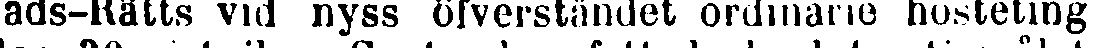
rads-Rätts vid nyss öfverståndet ordinarie hösteting